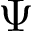
\Psi